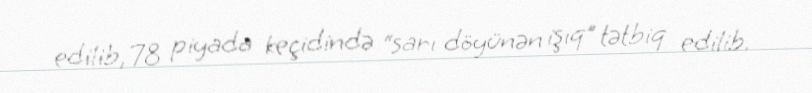
edilib, 78 piyada keçidində “sarı döyünən işıq” tətbiq edilib.